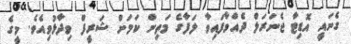
ގެނައީ އޮޑިޓާ ޖެނަރަލް ދެއްވާފައިވާ ލަފާގެ މަތިން ކަމަށް ޝަރީފް ވިދާޅުވިއެވެ. މީގެ